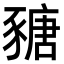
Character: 𧱵